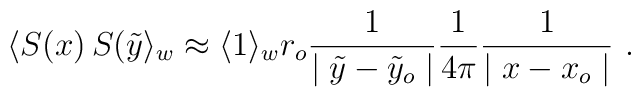
\langle S(x)\,S(\tilde{y}\rangle_w\approx\langle1\rangle_w r_o{1\over\mid\tilde{y}-\tilde{y}_o \mid}{1\over 4\pi}{1\over \mid x-x_o\mid}\,\,.